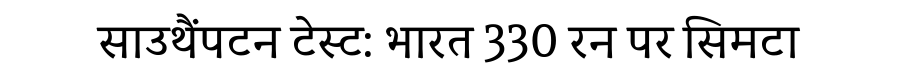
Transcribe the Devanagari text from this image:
साउथैंपटन टेस्ट: भारत 330 रन पर सिमटा